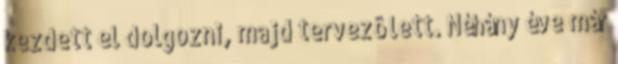
kezdett el dolgozni, majd tervezô lett. Néhány éve már